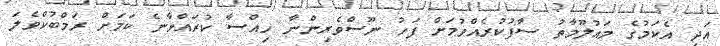
އަދި އެކަމުގެ މައުލޫމާތު ސާފުކުރެއްވުމަށް ފަހު ނޫސްވެރިންނާ ހިއްސާ ކުރައްވާނެ ކަމަށް ރަމްބުކްވެލަ